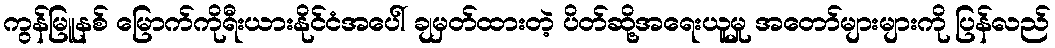
ကွန်မြူနစ် မြောက်ကိုရီးယားနိုင်ငံအပေါ် ချမှတ်ထားတဲ့ ပိတ်ဆို့အရေးယူမှု အတော်များများကို ပြန်လည်